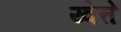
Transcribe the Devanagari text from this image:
य्वेत्ते